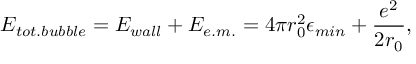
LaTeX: E _ { t o t . b u b b l e } = E _ { w a l l } + E _ { e . m . } = 4 \pi r _ { 0 } ^ { 2 } \epsilon _ { m i n } + \frac { e ^ { 2 } } { 2 r _ { 0 } } ,